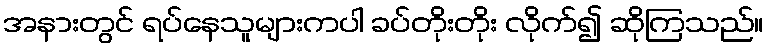
အနားတွင် ရပ်နေသူများကပါ ခပ်တိုးတိုး လိုက်၍ ဆိုကြသည်။